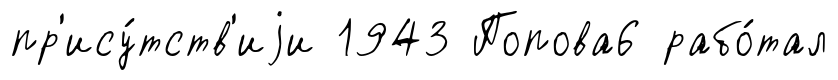
пр'ису́тств'иjи 1943 Попова6 рабо́тал